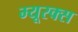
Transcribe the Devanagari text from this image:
म्यूरक्स